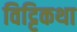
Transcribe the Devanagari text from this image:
विट्टिकथा